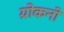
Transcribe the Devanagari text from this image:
ग्रोकनो